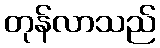
တုန်လာသည်